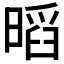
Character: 𭧏